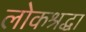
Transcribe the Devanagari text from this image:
लोकश्रद्धा